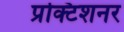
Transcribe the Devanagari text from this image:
प्रक्टिशनर